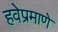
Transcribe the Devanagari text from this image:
हवेप्रमाणे